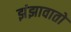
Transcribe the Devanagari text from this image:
झंझावातो